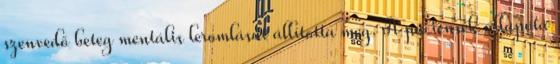
szenvedő beteg mentális leromlását állította meg. A páciensek állapota